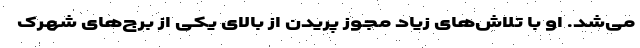
می‌شد. او با تلاش‌های زیاد مجوز پریدن از بالای یکی از برج‌های شهرک